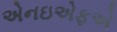
એનઇએફએ